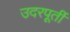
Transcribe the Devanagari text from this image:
उदरपूर्ती